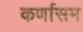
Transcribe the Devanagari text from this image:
कर्णासम